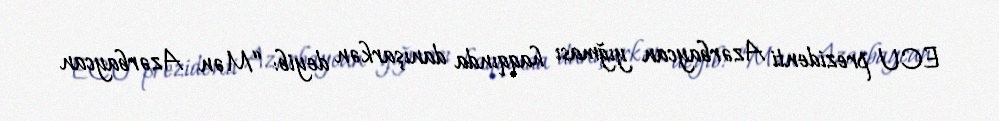
ECU prezidenti Azərbaycan yığması haqqında danışarkən deyib: “Mən Azərbaycan